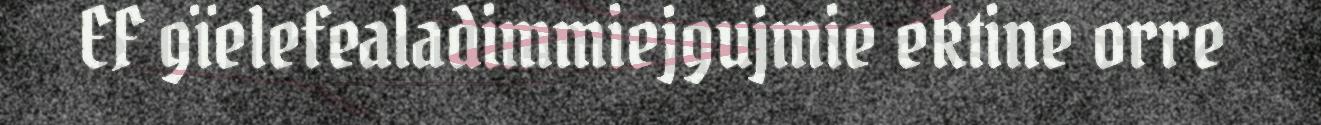
EF gïelefealadimmiejgujmie ektine orre